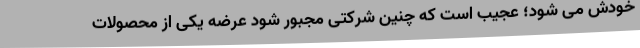
خودش می شود؛ عجیب است كه چنین شرکتی مجبور شود عرضه یكی از محصولات